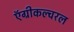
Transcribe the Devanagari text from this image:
ऍग्रीकल्चरल